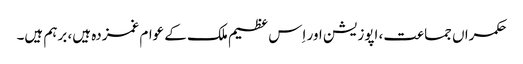
حکمراں جماعت، اپوزیشن اور اِس عظیم ملک کے عوام غمزدہ ہیں، برہم ہیں۔